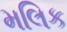
મલિક